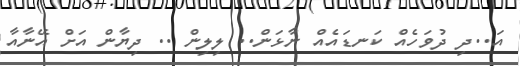
އަ..ދި ދުވަހެއް ކަނޑައެއް ނާޅަން.. ލިލިން .. ދިޔާން އަށް އޭނާއާ